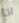
انا